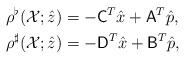
\begin{align*} \rho^{\flat}(\mathcal{X}; \hat{z}) &= -\mathsf{C}^{T} \hat{x} + \mathsf{A}^{T} \hat{p}, \\ \rho^{\sharp}(\mathcal{X}; \hat{z}) &= -\mathsf{D}^{T} \hat{x} + \mathsf{B}^{T} \hat{p}, \end{align*}